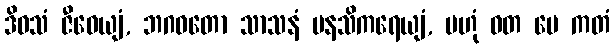
ဒိဝသံ ဇီဝေယျံ, ဘဂဝတော သာသနံ မနသိကရေယျံ, ဗဟုံ ဝတ မေ ကတံ